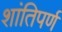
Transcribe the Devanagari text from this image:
शांतिपर्ण